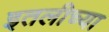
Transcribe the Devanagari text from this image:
इतलीच्या